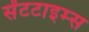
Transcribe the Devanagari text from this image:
सेंटटाइम्स